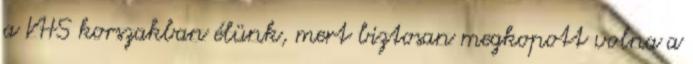
a VHS korszakban élünk, mert biztosan megkopott volna a